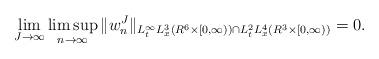
LaTeX: \begin{align*}\lim_{J\to\infty}\limsup_{n\to\infty}\|w^J_{n}\|_{L^{\infty}_tL^3_x(R^6\times[0,\infty))\cap L^2_tL^4_x(R^3\times [0,\infty))}=0.\end{align*}